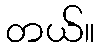
တယ်။